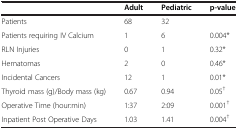
<table><thead><tr><td><b> </b></td><td><b>Adult</b></td><td><b>Pediatric</b></td><td><b>p-value</b></td></tr></thead><tbody><tr><td>Patients</td><td>68</td><td>32</td><td> </td></tr><tr><td>Patients requiring IV Calcium</td><td>1</td><td>6</td><td>0.004*</td></tr><tr><td>RLN Injuries</td><td>0</td><td>1</td><td>0.32*</td></tr><tr><td>Hematomas</td><td>2</td><td>0</td><td>0.46*</td></tr><tr><td>Incidental Cancers</td><td>12</td><td>1</td><td>0.01*</td></tr><tr><td>Thyroid mass (g)/Body mass (kg)</td><td>0.67</td><td>0.94</td><td>0.05<sup>†</sup></td></tr><tr><td>Operative Time (hour:min)</td><td>1:37</td><td>2:09</td><td>0.001<sup>†</sup></td></tr><tr><td>Inpatient Post Operative Days</td><td>1.03</td><td>1.41</td><td>0.004<sup>†</sup></td></tr></tbody></table>